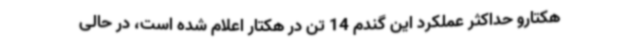
هکتارو حداکثر عملکرد این گندم 14 تن در هکتار اعلام شده است، در حالی